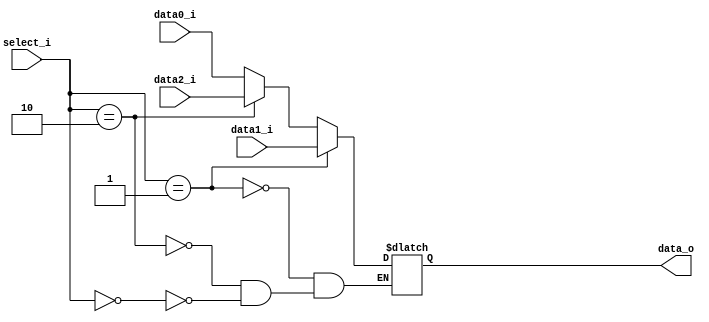
module MUX_3to1(
               data0_i,
               data1_i,
					data2_i,
               select_i,
               data_o
               );

parameter size = 0;			   
			
//I/O ports               
input   [size-1:0] data0_i;          
input   [size-1:0] data1_i;
input	  [size-1:0] data2_i;
input   [1:0]      select_i;
output  [size-1:0] data_o; 

//Internal Signals
reg     [size-1:0] data_o;

// selection
always@(*) begin
	if(select_i == 2'd01)	// two values
		data_o <= data1_i;
	else if(select_i == 2'd10)
		data_o <= data2_i;
	else if(select_i == 2'd00)
		data_o <= data0_i;
end


//Main function

endmodule